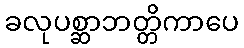
ခလုပစ္ဆာဘတ္တိကာပေ